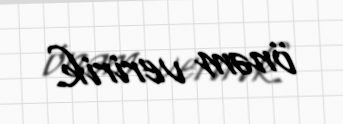
önəm veririk.